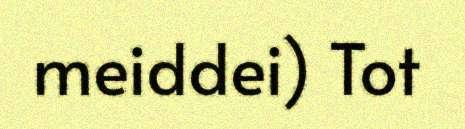
meiddei) Tot